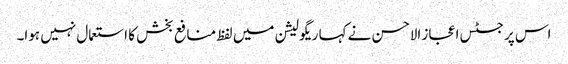
اس پر جسٹس اعجاز الاحسن نے کہا ریگولیشن میں لفظ منافع بخش کا استعمال نہیں ہوا۔